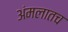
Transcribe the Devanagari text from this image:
अंमलातच